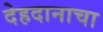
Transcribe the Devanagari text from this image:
देहदानाचा